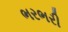
ભરભરી